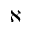
\aleph